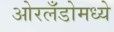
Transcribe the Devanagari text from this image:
ओरलँडोमध्ये